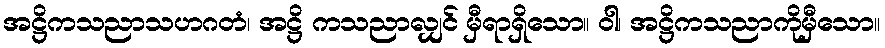
အဋ္ဌိကသညာသဟဂတံ၊ အဋ္ဌိ ကသညာလျှင် မှီရာရှိသော။ ဝါ၊ အဋ္ဌိကသညာကိုမှီသော။